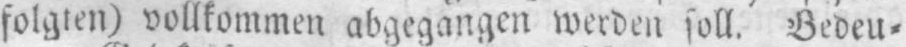
folgten) vollkommen abgegangen werden soll. Bedeu⸗